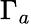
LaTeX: \Gamma_{a}